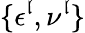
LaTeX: \{ \epsilon^{\mathfrak{l}},\nu^{\mathfrak{l}}\}